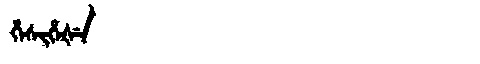
Manchu: ᡥᡝᠰᡳᡥᡝᡧᡝ
Romanization: HESIHEŠE